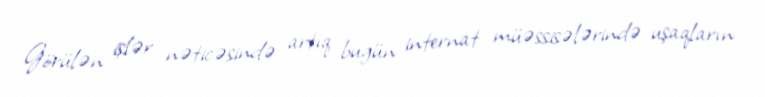
Görülən işlər nəticəsində artıq bugün internat müəssisələrində uşaqların